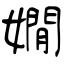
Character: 嫺